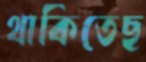
থাকিতেছ